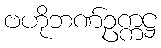
ဗဟိုဘဏ်ဥက္ကဋ္ဌ